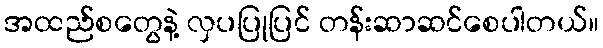
အထည်စတွေနဲ့ လှပပြုပြင် တန်းဆာဆင်စေပါတယ်။